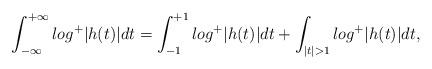
LaTeX: \begin{align*} \int_{-\infty}^{+\infty}log^{+}|h(t)|dt=\int_{-1}^{+1}log^{+}|h(t)|dt+\int_{|t|>1}log^{+}|h(t)|dt, \end{align*}